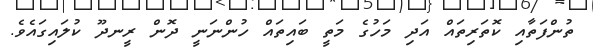
ތުންފަތާއި ކޮތަރިތައް އަދި މަހުގެ މަތީ ބައިތައް ހުންނަނީ ދޮން ރީނދޫ ކުލައިގައެވެ.